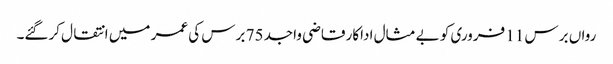
رواں برس 11 فروری کو بے مثال اداکار قاضی واجد 75 برس کی عمر میں انتقال کرگئے۔